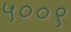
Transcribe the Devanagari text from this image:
५००९